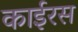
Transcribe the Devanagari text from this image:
काईरस